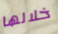
خلالها